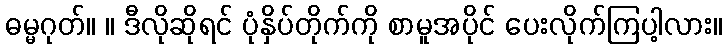
ဓမ္မဂုတ်။ ။ ဒီလိုဆိုရင် ပုံနှိပ်တိုက်ကို စာမူအပိုင် ပေးလိုက်ကြပါ့လား။